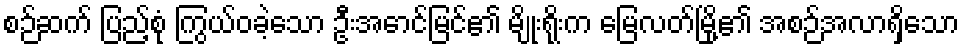
စဉ်ဆက် ပြည့်စုံ ကြွယ်ဝခဲ့သော ဦးအောင်မြင်၏ မျိုးရိုးက မြေလတ်မြို့၏ အစဉ်အလာရှိသော